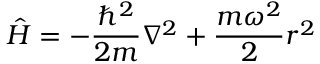
{ \hat { H } } = - { \frac { \hbar ^ { 2 } } { 2 m } } \nabla ^ { 2 } + { \frac { m \omega ^ { 2 } } { 2 } } r ^ { 2 }